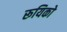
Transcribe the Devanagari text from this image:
रूयिको